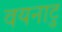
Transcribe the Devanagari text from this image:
वयनाटु